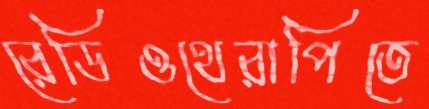
রেডিওথেরাপিতে